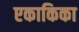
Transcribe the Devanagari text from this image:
एकाकिका